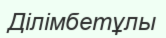
Ділімбетұлы